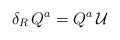
\begin{align*}\delta_R \, Q^a = Q^a \, \mathcal{U}\end{align*}